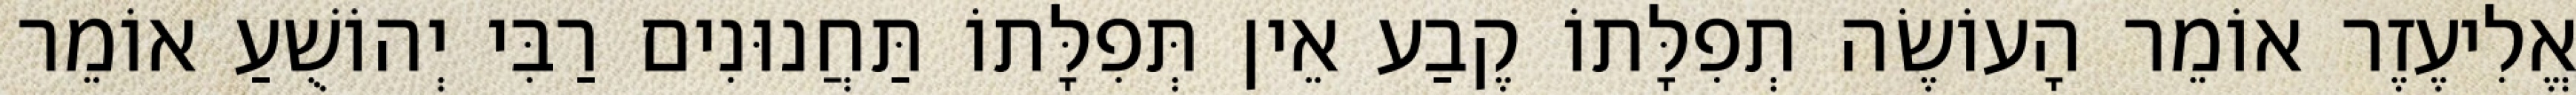
אֱלִיעֶזֶר אוֹמֵר הָעוֹשֶׂה תְפִלָּתוֹ קֶבַע אֵין תְּפִלָּתוֹ תַּחֲנוּנִים רַבִּי יְהוֹשֻׁעַ אוֹמֵר